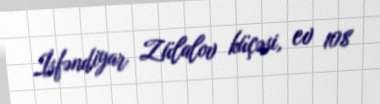
İsfəndiyar Zülalov küçəsi, ev 108